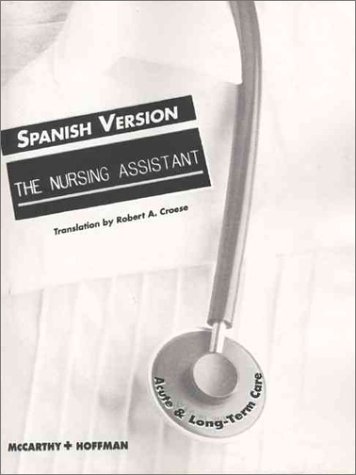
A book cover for The Nursing Assistant: Acute and Long Term Care (Spanish Version); Theresa McCarthy; Medical Books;